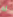
له